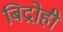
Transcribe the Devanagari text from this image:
बिद्रोही